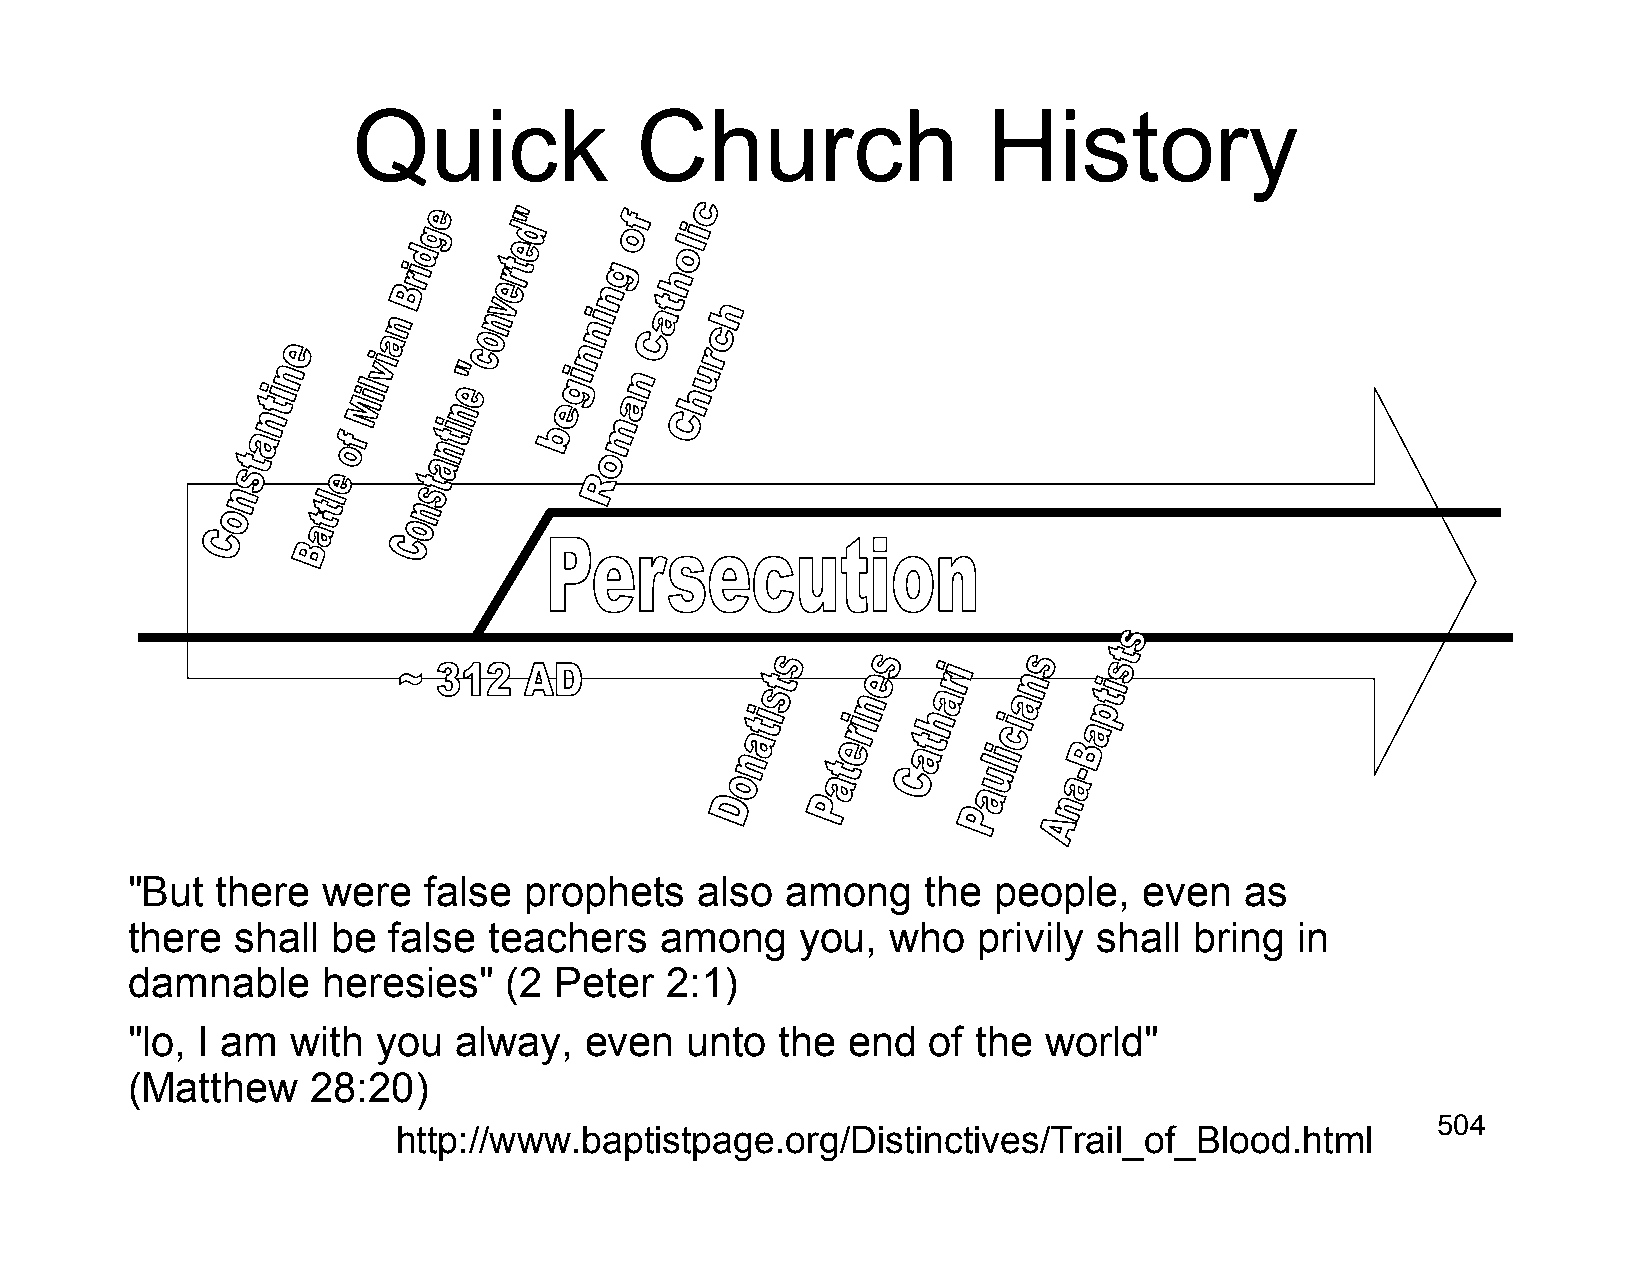
Quick              Church                 History
 "But  there  were   false  prophets   also  among    the  people,   even  as
 there  shall  be  false teachers    among    you,  who   privily shall bring  in
 damnable     heresies"   (2  Peter  2:1)
 "lo, I am  with  you  alway,   even  unto   the end  of  the world"
 (Matthew     28:20)
 504
 http://www.baptistpage.org/Distinctives/Trail_of_Blood.html